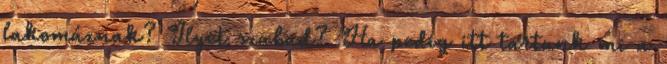
lakomáznak? Ilyet szabad? Ha pedig itt tartunk mi a